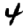
Digit: 4